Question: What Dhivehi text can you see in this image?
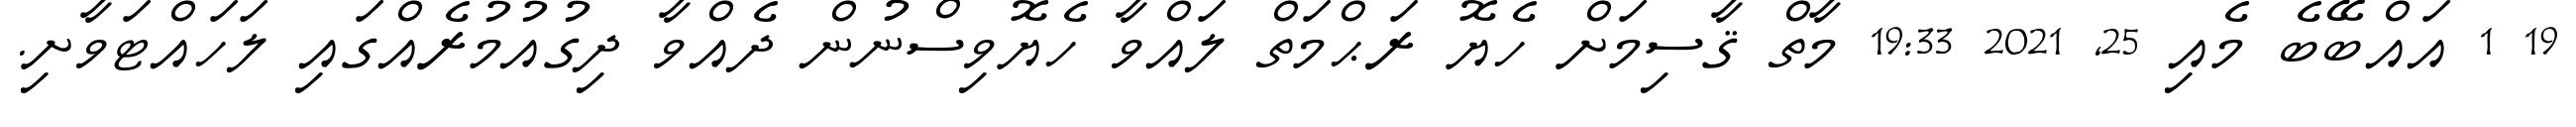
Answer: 19 1 އައްބޭބެ މެއި 25, 2021 19:33 މާތް ޤާސިމަށް ހެޔޮ ރަޙްމަތް ލައްވާ ހެޔޮވިސްނުން ދެއްވާ ދިގުއުމުރެއްގައި ލަހައްޓަވާށި.